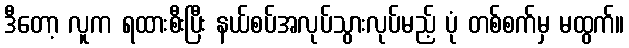
ဒီတော့ လူက ရထားစီးပြီး နယ်စပ်အလုပ်သွားလုပ်မည့် ပုံ တစ်စက်မှ မထွက်။